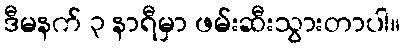
ဒီမနက် ၃ နာရီမှာ ဖမ်းဆီးသွားတာပါ။